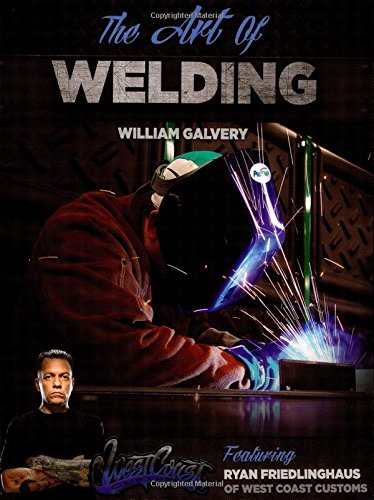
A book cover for The Art of Welding: Featuring Ryan Friedlinghaus of West Coast Customs; William Galvery; Business & Money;